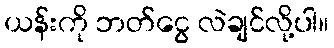
ယန်းကို ဘတ်ငွေ လဲချင်လို့ပါ။